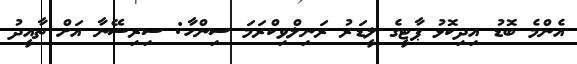
އެންމެ ބޮޑު އިދިކޮޅު ޕާޓީގެ ލީޑަރު ރަނިލްވިކްރަމަ ސިންހާ: ސިރިސޭނާ އަށް ތާއީދު